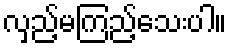
လှည့်မကြည့်သေးပါ။